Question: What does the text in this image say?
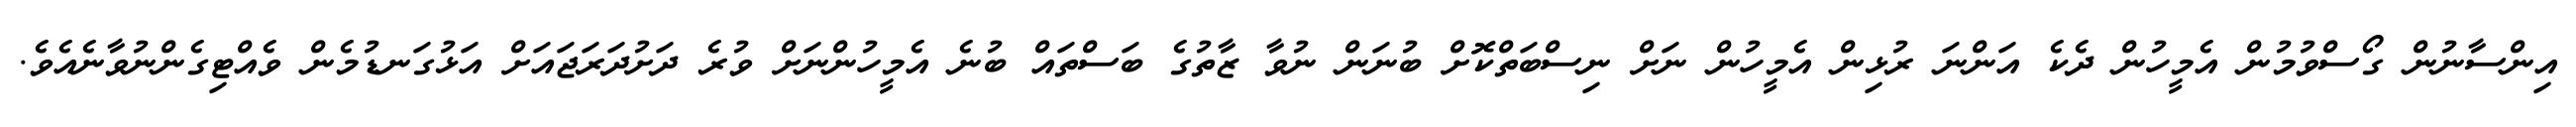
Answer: އިންސާނުން ގޯސްވުމުން އެމީހުން ދެކެ އަންނަ ރުޅިން އެމީހުން ނަށް ނިސްބަތްކޮށް ބުނަން ނުވާ ޒާތުގެ ބަސްތައް ބުނެ އެމީހުންނަށް ވުރެ ދަށުދަރަޖައަށް އަޅުގަނޑުމެން ވެއްޓިގެންނުވާނެއެވެ.